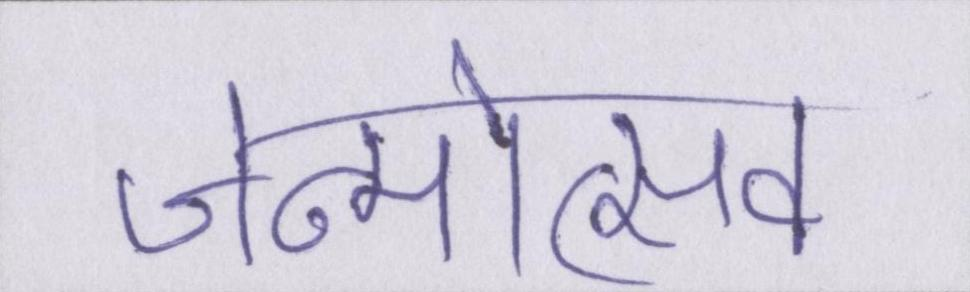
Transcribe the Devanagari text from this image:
जन्मोत्सव